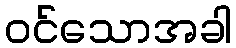
ဝင်သောအခါ